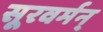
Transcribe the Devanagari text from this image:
सूरवर्मन्